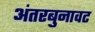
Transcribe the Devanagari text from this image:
अंतरबुनावट